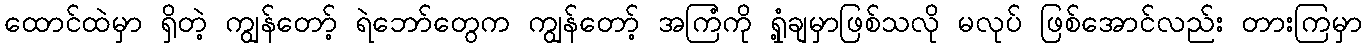
ထောင်ထဲမှာ ရှိတဲ့ ကျွန်တော့် ရဲဘော်တွေက ကျွန်တော့် အကြံကို ရှုံ့ချမှာဖြစ်သလို မလုပ် ဖြစ်အောင်လည်း တားကြမှာ